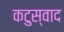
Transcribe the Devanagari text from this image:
कटुस्वाद